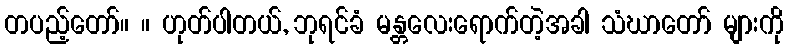
တပည့်တော်။ ။ ဟုတ်ပါတယ်, ဘုရင်ခံ မန္တလေးရောက်တဲ့အခါ သံဃာတော် များကို